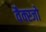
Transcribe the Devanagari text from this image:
वैक्स्जो